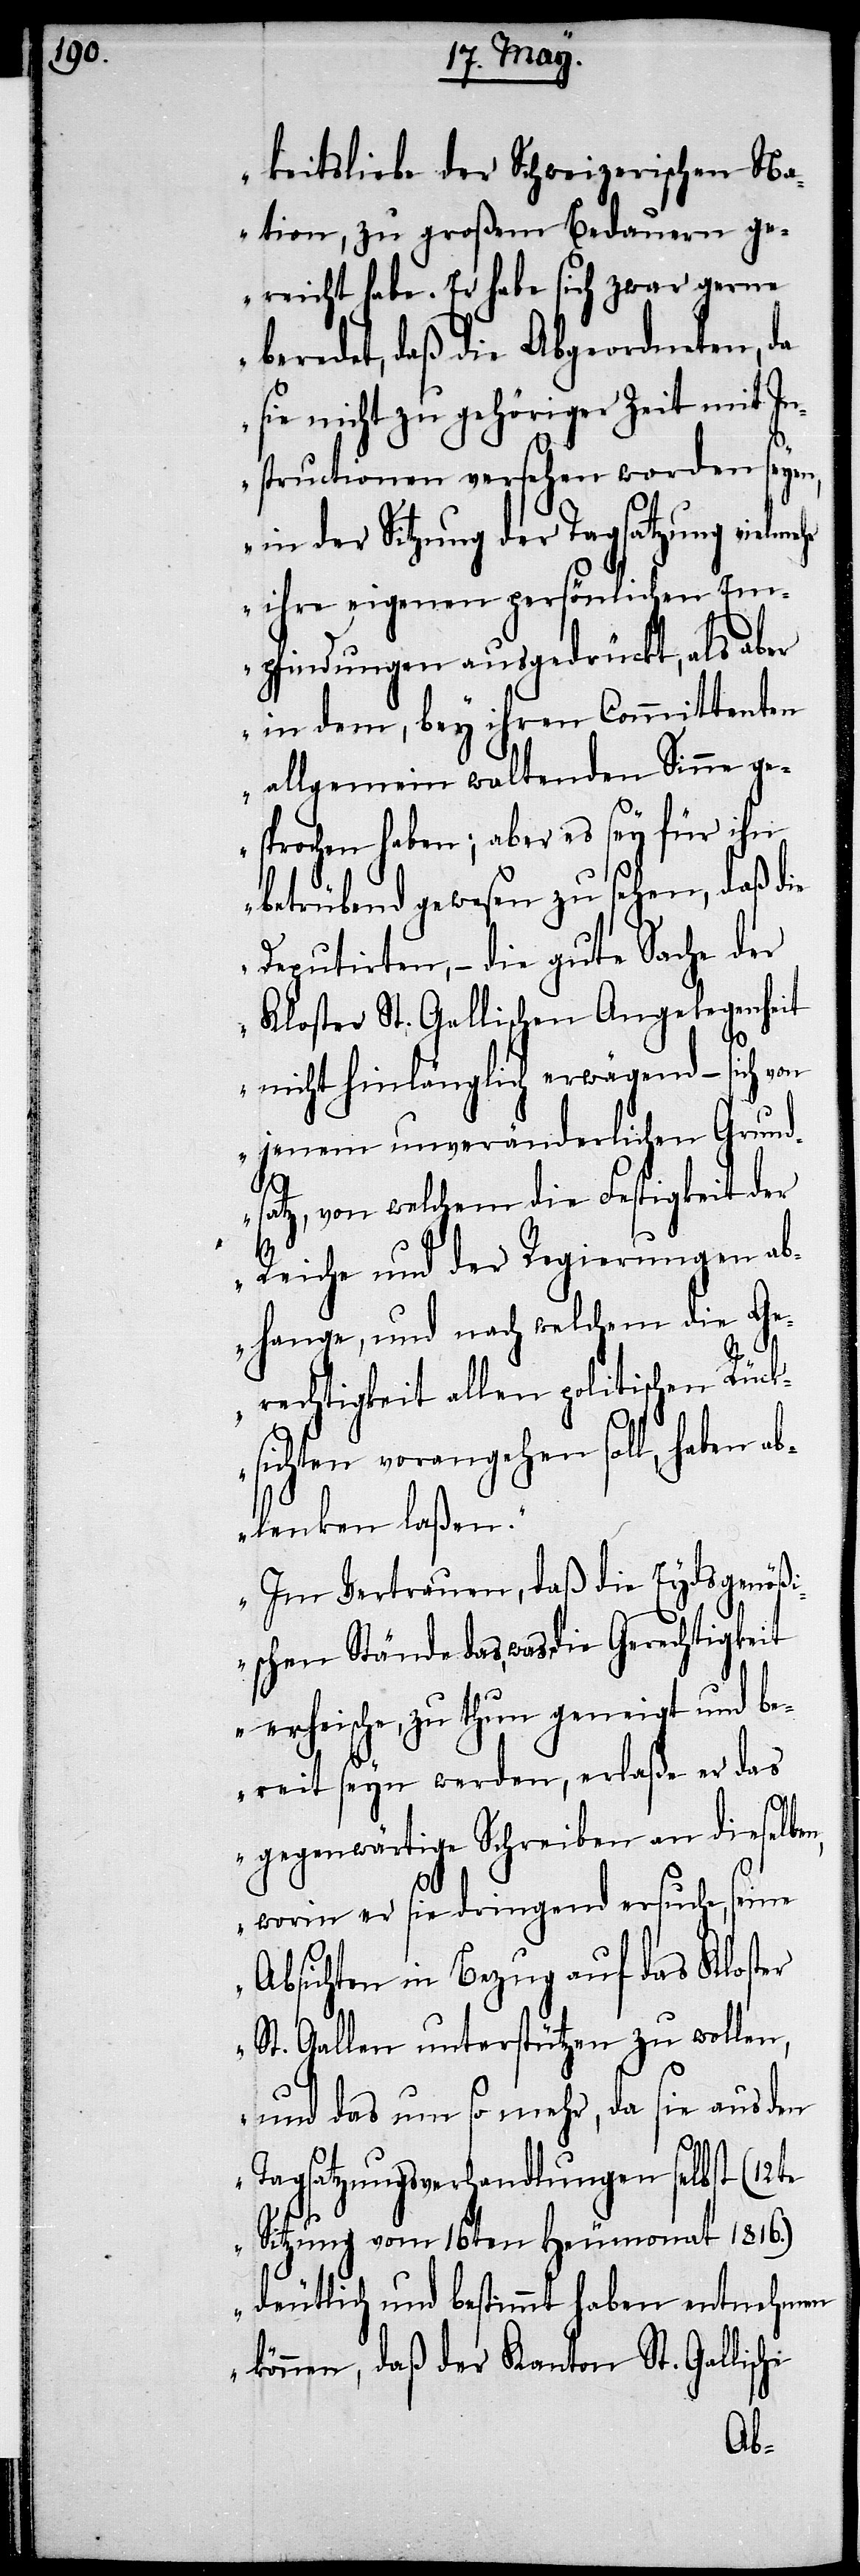
keitsliebe der Schweizerischen Na¬
tion, zu großem Bedauern g¬
ereicht habe. Er habe sich zwar gerne
beredet, daß die Abgeordneten, da
sie nicht zu gehöriger Zeit und I¬
nstructionen versehen worden seyen,
in der Sitzung der Tagsatzung vielmeh¬
r ihre eigenen persönlichen Em¬
pfindungen ausgedrückt, als aber
in dem, bey ihren Committenten
allgemein waltenden Sinne ge¬
sprochen haben; aber es sey für ihn
betrübend gewesen zu sehen, daß die
Deputirten, – die gute Sache der
Kloster St. Gallischen Angelegenheit
nicht hinlänglich erwägend – sich von
jenem unveränderlichen Grund¬
satz, von welchem die Fertigkeit der
Reiche und der Regierungen ab¬
hange, und nach welchem die Ge¬
rechtigkeit allen politischen Rück¬
sichten vorangehen soll, haben ab¬
lenken laßen.
Im Vertrauen, daß die Eydsgenößi¬
schen Stände das, was die Gerechtigkeit
erheische, zu thun geneigt und be¬
reit seyn werden, erlaße er das
gegenwärtige Schreiben an dieselbe,
worin er sie dringend ersuche,
Absichten in Bezug auf das Kloster
St. Gallen unterstützen zu wollen,
und das um so mehr, da sie aus den
Tagsatzungsverhandlungen selbst (12te
Sitzung vom 16ten Heumonath 1816.)
deutlich und bestimmt haben entnehmen
können, daß der Kanton St. Gallische